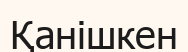
Қанішкен